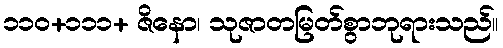
၁၁၀+၁၁၁+ ဇိနော၊ သုဇာတမြတ်စွာဘုရားသည်။